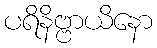
ပရိနိဗ္ဗာယိနော